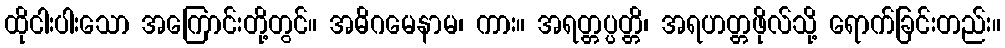
ထိုငါးပါးသော အကြောင်းတို့တွင်။ အဓိဂမေနာမ၊ ကား။ အရတ္တပ္ပတ္တိ၊ အရဟတ္တဖိုလ်သို့ ရောက်ခြင်းတည်း။